Mental hospitals Bombay report 1929-33 - 1929-1933
Year: 1929
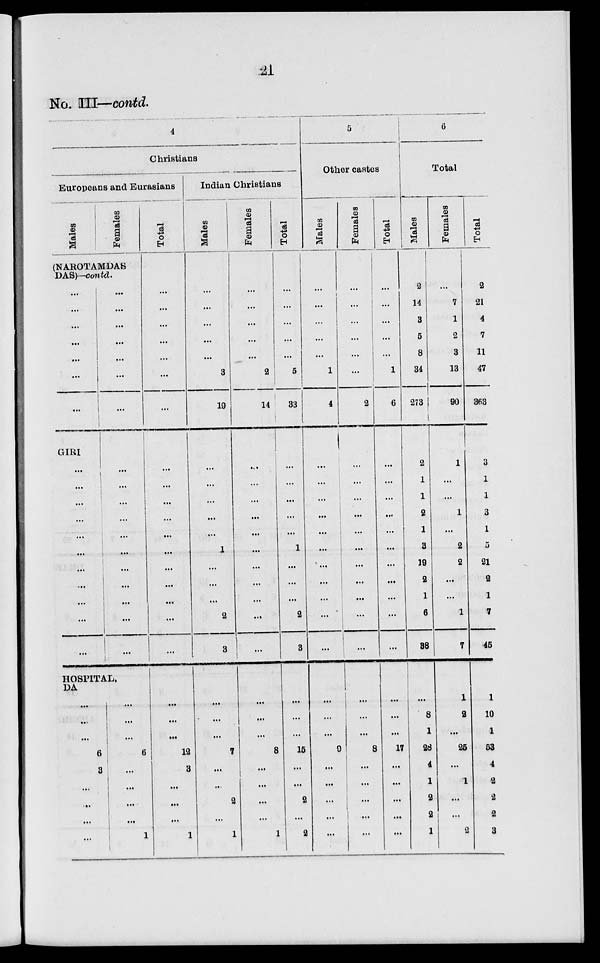
21
No. III—contd.
4
Christians
Europeans and Eurasians
Males
Females
(NAROTAMDAS
DAS)—contd.
...
...
...
...
...
...
...
GIRI
...
...
...
...
...
...
...
...
...
...
...
...
...
...
...
...
...
...
...
...
...
...
...
...
...
...
...
...
...
HOSPITAL,
DA
...
...
...
6
3
...
...
...
...
...
...
...
6
...
...
...
...
1
Total
...
...
...
...
...
...
...
...
...
...
...
...
...
...
...
...
...
...
...
...
...
12
3
...
...
...
1
Indian Christians
Males
...
...
...
...
...
3
19
...
...
...
...
...
1
...
...
...
2
3
...
...
...
7
...
...
2
...
1
Females
...
...
...
...
...
2
14
...
...
...
...
...
...
...
...
...
...
...
...
...
...
8
...
...
...
...
1
Total
...
...
...
...
...
5
33
...
...
...
...
...
1
...
...
...
2
3
...
...
...
15
...
...
2
...
2
5
Other castes
Males
...
...
...
...
...
1
4
...
...
...
...
...
...
...
...
...
...
...
...
...
...
9
...
...
...
...
...
Females
...
...
...
...
...
...
2
...
...
...
...
...
...
...
...
...
...
...
...
...
...
8
...
...
...
...
...
Total
...
...
...
...
...
1
6
...
...
...
...
...
...
...
...
...
...
...
...
...
...
17
...
...
...
...
...
6
Total
Males
2
14
3
5
8
34
273
2
1
1
2
1
3
19
2
1
6
38
...
8
1
28
4
1
2
2
1
Females
...
7
1
2
3
13
90
1
...
...
1
...
2
2
...
...
1
7
1
2
...
25
...
1
...
...
2
Total
2
21
4
7
11
47
363
3
1
1
3
1
5
21
2
1
7
45
1
10
1
53
4
2
2
2
3